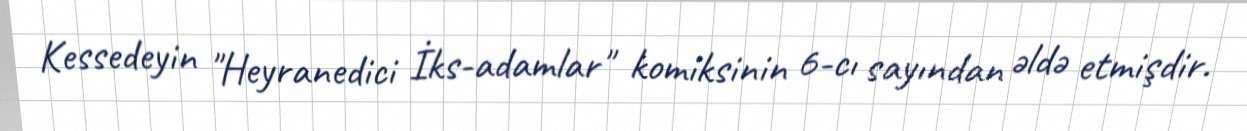
Kessedeyin "Heyranedici İks-adamlar" komiksinin 6-cı sayından əldə etmişdir.